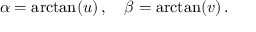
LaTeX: \alpha = \arctan ( u ) \, , \quad \beta = \arctan ( v ) \, .